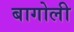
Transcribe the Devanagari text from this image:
बागोली